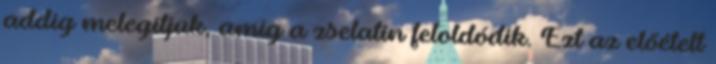
addig melegítjük, amíg a zselatin feloldódik. Ezt az előételt